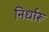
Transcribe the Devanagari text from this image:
निर्धारू